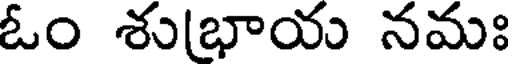
ఓం శుభాయ నమః